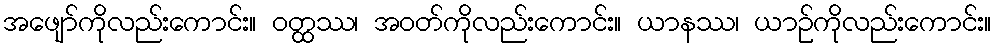
အဖျော်ကိုလည်းကောင်း။ ဝတ္ထဿ၊ အဝတ်ကိုလည်းကောင်း။ ယာနဿ၊ ယာဉ်ကိုလည်းကောင်း။